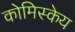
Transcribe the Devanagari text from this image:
कोमिस्केय